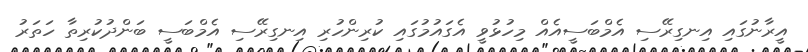
އީރާނުގައި އިނގިރޭސި އެމްބަސީއެއް މިހުޅުވީ އެގައުމުގައި ކުރިންހުރި އިނގިރޭސި އެމްބަސީ ބަންދުކުރިތާ ހަތަރު